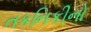
તકનિકીનો